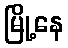
မြို့နေ